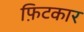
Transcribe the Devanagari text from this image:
फ़िटकार